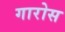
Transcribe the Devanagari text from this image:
गारोस